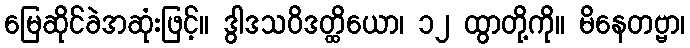
မြေဆိုင်ခဲအဆုံးဖြင့်။ ဒွါဒသဝိဒတ္ထိယော၊ ၁၂ ထွာတို့ကို။ မိနေတဗ္ဗာ၊